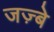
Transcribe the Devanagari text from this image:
जज़्बे